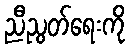
ညီညွတ်ရေးကို